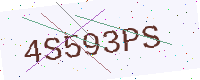
Text: 4S593PS